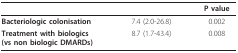
<table><thead><tr><td>[EMPTY_CELL]</td><td>[EMPTY_CELL]</td><td><b>P value</b></td></tr></thead><tbody><tr><td><b>Bacteriologic colonisation</b></td><td>7.4 (2.0-26.8)</td><td>0.002</td></tr><tr><td><b>Treatment with biologics</b><b>(vs non biologic DMARDs)</b></td><td>8.7 (1.7-43.4)</td><td>0.008</td></tr></tbody></table>